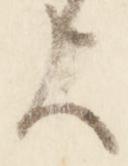
歟